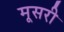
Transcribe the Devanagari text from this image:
मूसरी